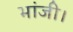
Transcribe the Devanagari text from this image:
भांजी।